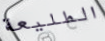
الطليعة